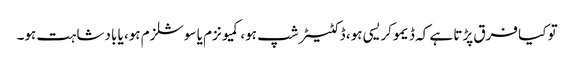
تو کیا فرق پڑتا ہے کہ ڈیموکریسی ہو، ڈکٹیٹر شپ ہو، کمیونزم یا سوشلزم ہو، یا بادشاہت ہو۔